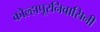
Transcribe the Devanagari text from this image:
कोल्हापूरनिवासिनी